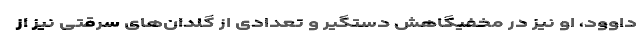
داوود، او نیز در مخفیگاهش دستگیر و تعدادی از گلدان‌های سرقتی نیز از